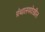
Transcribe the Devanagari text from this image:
ग्रंथालयदेखील